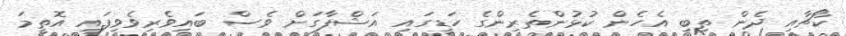
ކޯޗާއި ދެން ތިބި އެހެން ކުޅުންތެރިންގެ ހަޑީގައި އަޝްފާގަށް ވެސް ބައިވެރިވެވިފައި އޮތީމަ